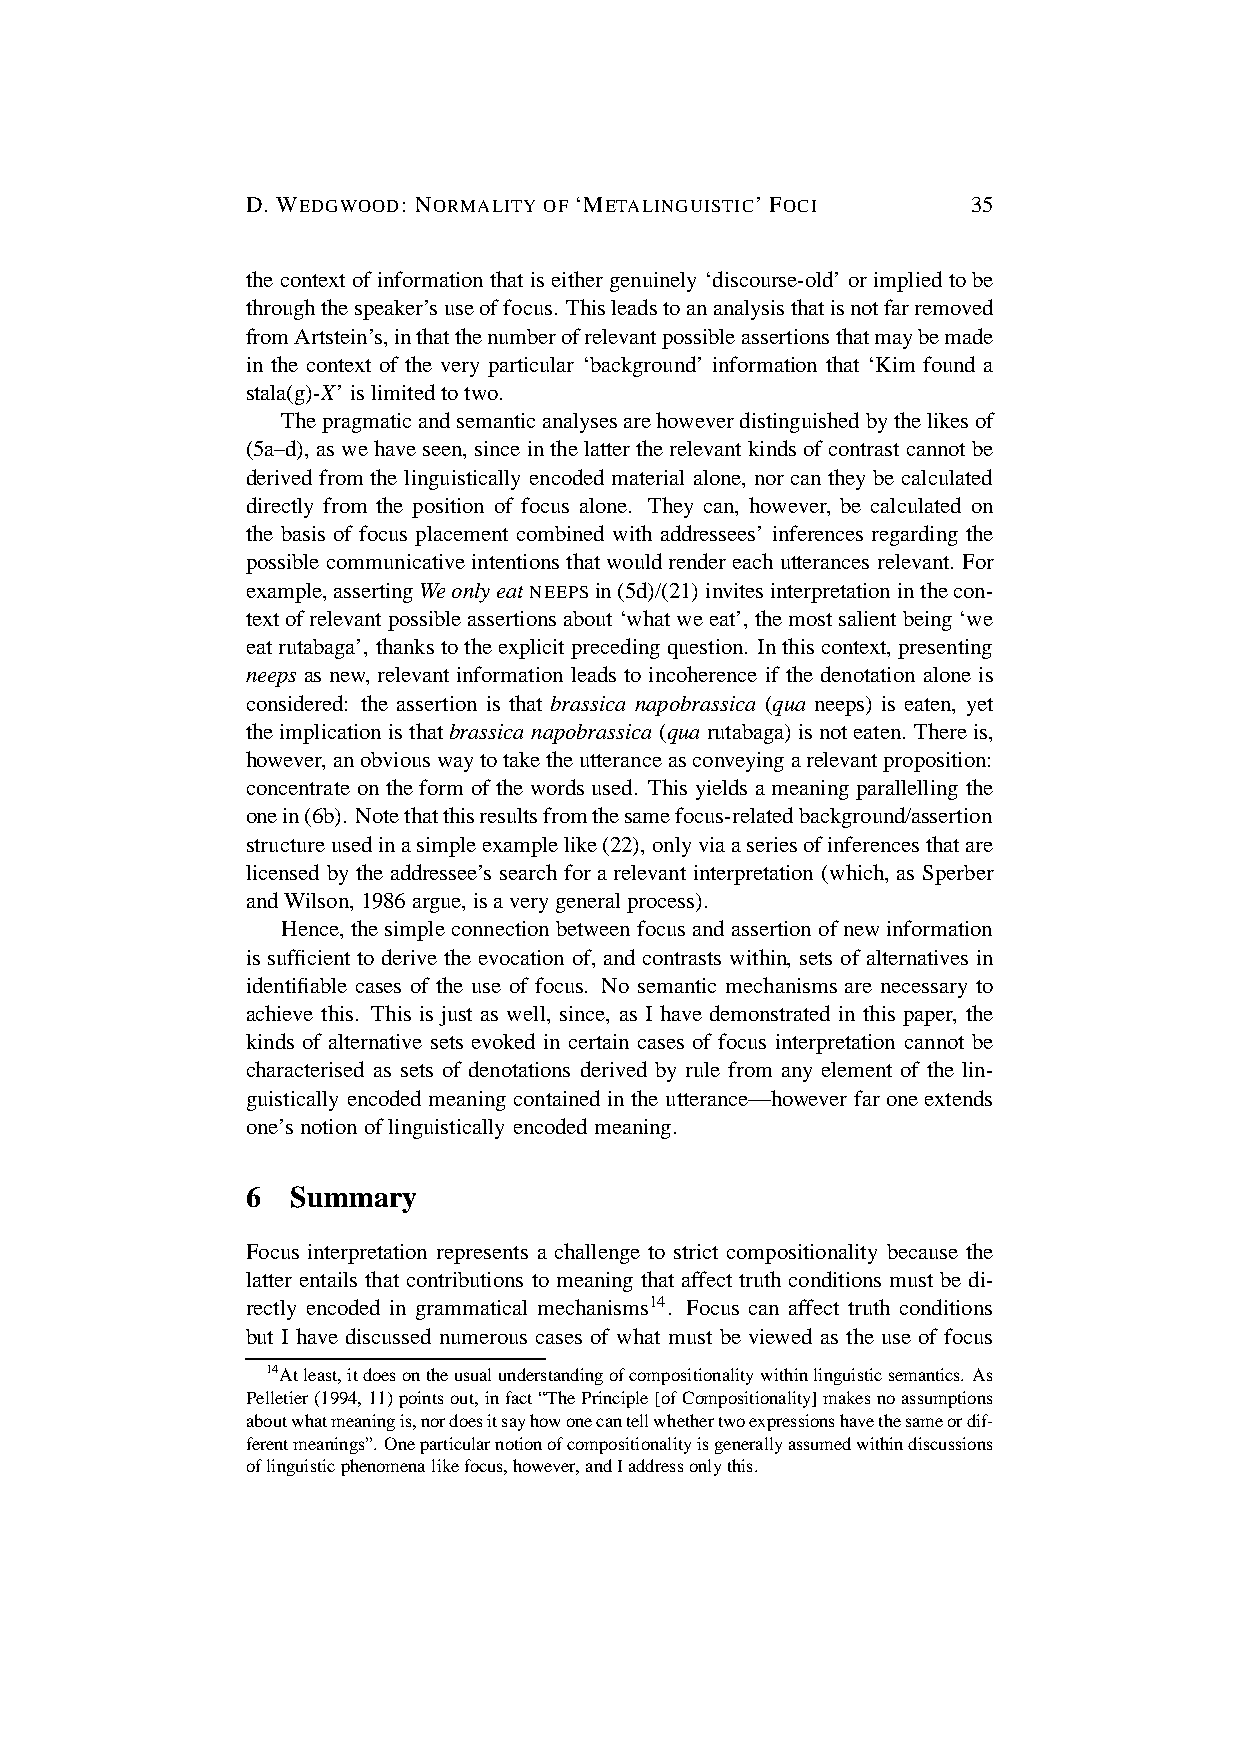
D. WEDGWOOD: NORMALITY OF ‘METALINGUISTIC’ FOCI 35
 thecontext ofinformation thatiseither genuinely ‘discourse-old’ orimplied tobe
 throughthespeaker’suseoffocus. Thisleadstoananalysisthatisnotfarremoved
 fromArtstein’s,inthatthenumberofrelevantpossibleassertionsthatmaybemade
 in the context of the very particular ‘background’ information that ‘Kim found a
 stala(g)-X’islimitedtotwo.
 Thepragmaticandsemanticanalysesarehoweverdistinguished bythelikesof
 (5a–d), aswehaveseen, sinceinthelattertherelevant kindsofcontrast cannot be
 derived from the linguistically encoded material alone, nor can they be calculated
 directly from the position of focus alone. They can, however, be calculated on
 the basis of focus placement combined with addressees’ inferences regarding the
 possible communicativeintentions thatwouldrendereachutterances relevant. For
 example,assertingWeonlyeatNEEPS in(5d)/(21)invitesinterpretationinthecon-
 textofrelevantpossible assertions about‘whatweeat’,themostsalientbeing‘we
 eatrutabaga’, thanks totheexplicit preceding question. Inthiscontext, presenting
 neeps as new, relevant information leads to incoherence if the denotation alone is
 considered: the assertion is that brassica napobrassica (qua neeps) is eaten, yet
 theimplication isthatbrassicanapobrassica (quarutabaga) isnoteaten. Thereis,
 however,anobviouswaytotaketheutteranceasconveyingarelevantproposition:
 concentrate on the form of the words used. This yields ameaning parallelling the
 onein(6b). Notethatthisresultsfromthesamefocus-relatedbackground/assertion
 structureusedinasimpleexamplelike(22),onlyviaaseriesofinferencesthatare
 licensed by the addressee’s search for a relevant interpretation (which, as Sperber
 andWilson,1986argue, isaverygeneralprocess).
 Hence,thesimpleconnection betweenfocusandassertion ofnewinformation
 is sufficient to derive the evocation of, and contrasts within, sets of alternatives in
 identifiable cases of the use of focus. No semantic mechanisms are necessary to
 achieve this. This is just as well, since, as I have demonstrated in this paper, the
 kinds of alternative sets evoked in certain cases of focus interpretation cannot be
 characterised as sets of denotations derived by rule from any element of the lin-
 guistically encoded meaning contained inthe utterance—however far oneextends
 one’snotionoflinguistically encodedmeaning.
 6  Summary
 Focus interpretation represents a challenge to strict compositionality because the
 latter entails that contributions to meaning that affect truth conditions must be di-
 rectly encoded in grammatical mechanisms14. Focus can affect truth conditions
 but I have discussed numerous cases of what must be viewed as the use of focus
 14Atleast,itdoesontheusualunderstandingofcompositionalitywithinlinguisticsemantics. As
 Pelletier(1994,11)pointsout,infact“ThePrinciple[ofCompositionality]makesnoassumptions
 aboutwhatmeaningis,nordoesitsayhowonecantellwhethertwoexpressionshavethesameordif-
 ferentmeanings”.Oneparticularnotionofcompositionalityisgenerallyassumedwithindiscussions
 oflinguisticphenomenalikefocus,however,andIaddressonlythis.